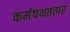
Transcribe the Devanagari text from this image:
कर्मपथतत्पर